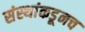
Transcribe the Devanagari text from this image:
संस्थांकडूनच